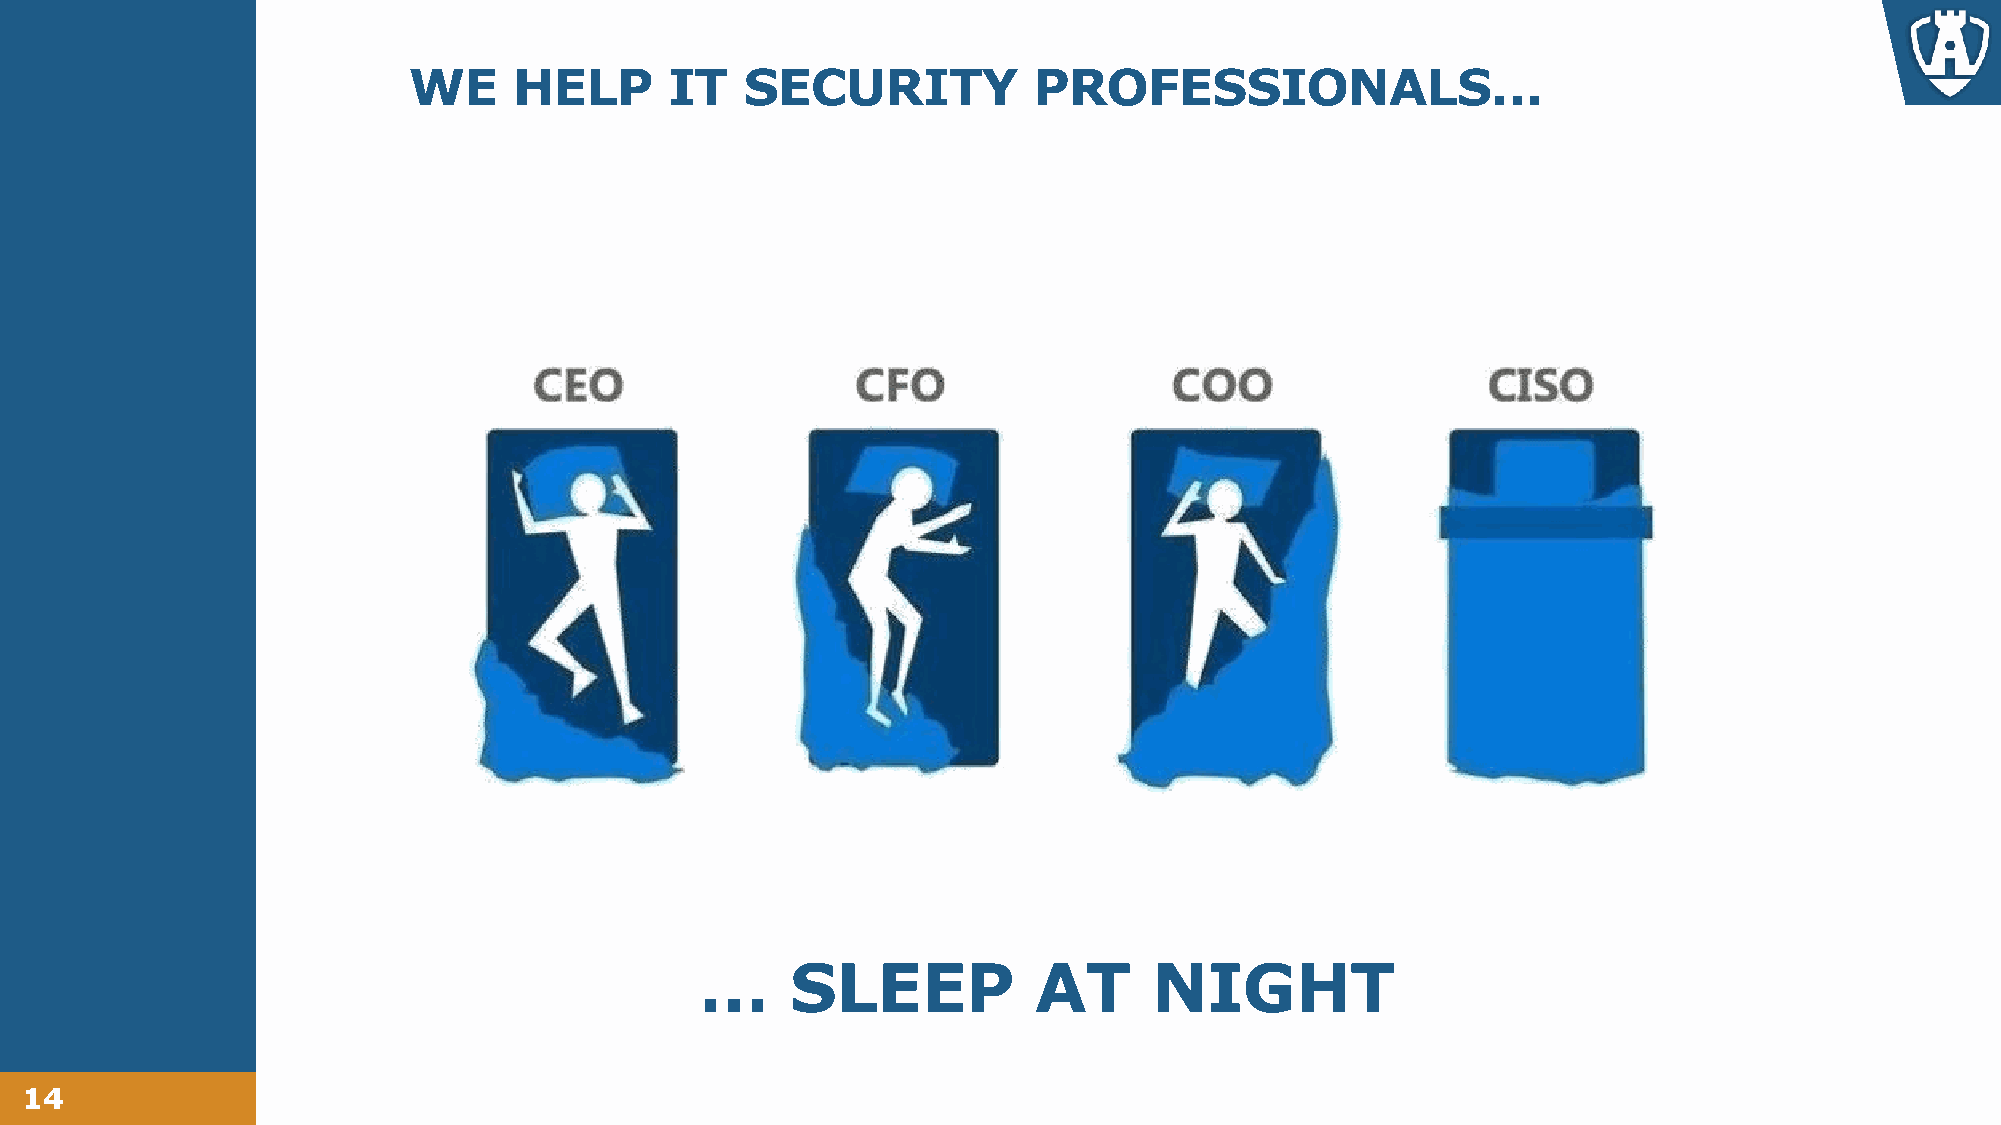
WE     HELP      IT   SECURITY           PROFESSIONALS…
 …     SLEEP           AT      NIGHT
 14